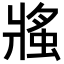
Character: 𧌜